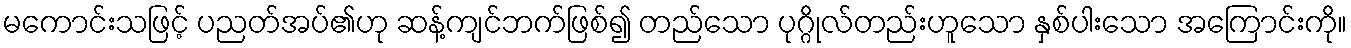
မကောင်းသဖြင့် ပညတ်အပ်၏ဟု ဆန့်ကျင်ဘက်ဖြစ်၍ တည်သော ပုဂ္ဂိုလ်တည်းဟူသော နှစ်ပါးသော အကြောင်းကို။